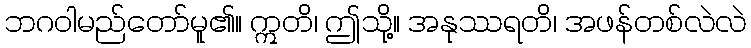
ဘဂဝါမည်တော်မူ၏။ ဣတိ၊ ဤသို့။ အနုဿရတိ၊ အဖန်တစ်လဲလဲ